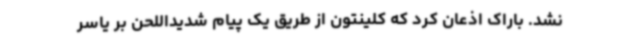
نشد. باراک اذعان کرد که کلینتون از طریق یک پیام شدیداللحن بر یاسر